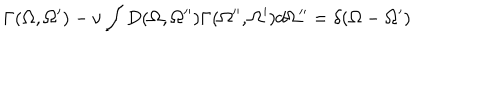
\Gamma ( \Omega , \Omega ^ { \prime } ) - \nu \int D ( \Omega , \Omega ^ { \prime \prime } ) \Gamma ( \Omega ^ { \prime \prime } , \Omega ^ { \prime } ) d \Omega ^ { \prime \prime } = \delta ( \Omega - \Omega ^ { \prime } )